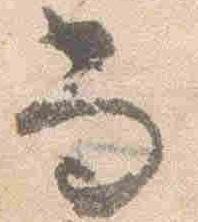
尚